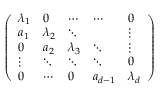
\left( \begin{array} { l l l l l } { \lambda _ { 1 } } & { 0 } & { \cdots } & { \cdots } & { 0 } \\ { a _ { 1 } } & { \lambda _ { 2 } } & { \ddots } & & { \vdots } \\ { 0 } & { a _ { 2 } } & { \lambda _ { 3 } } & { \ddots } & { \vdots } \\ { \vdots } & { \ddots } & { \ddots } & { \ddots } & { 0 } \\ { 0 } & { \cdots } & { 0 } & { a _ { d - 1 } } & { \lambda _ { d } } \end{array} \right)